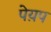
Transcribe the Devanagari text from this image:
पेय़प